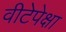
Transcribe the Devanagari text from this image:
वीटेपेक्षा